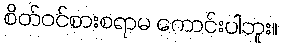
စိတ်ဝင်စားစရာမ ကောင်းပါဘူး။